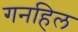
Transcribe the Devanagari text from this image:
गनहिल